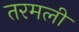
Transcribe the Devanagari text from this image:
तरमली